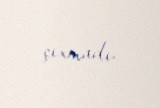
çıxmadı.